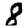
Digit: 8